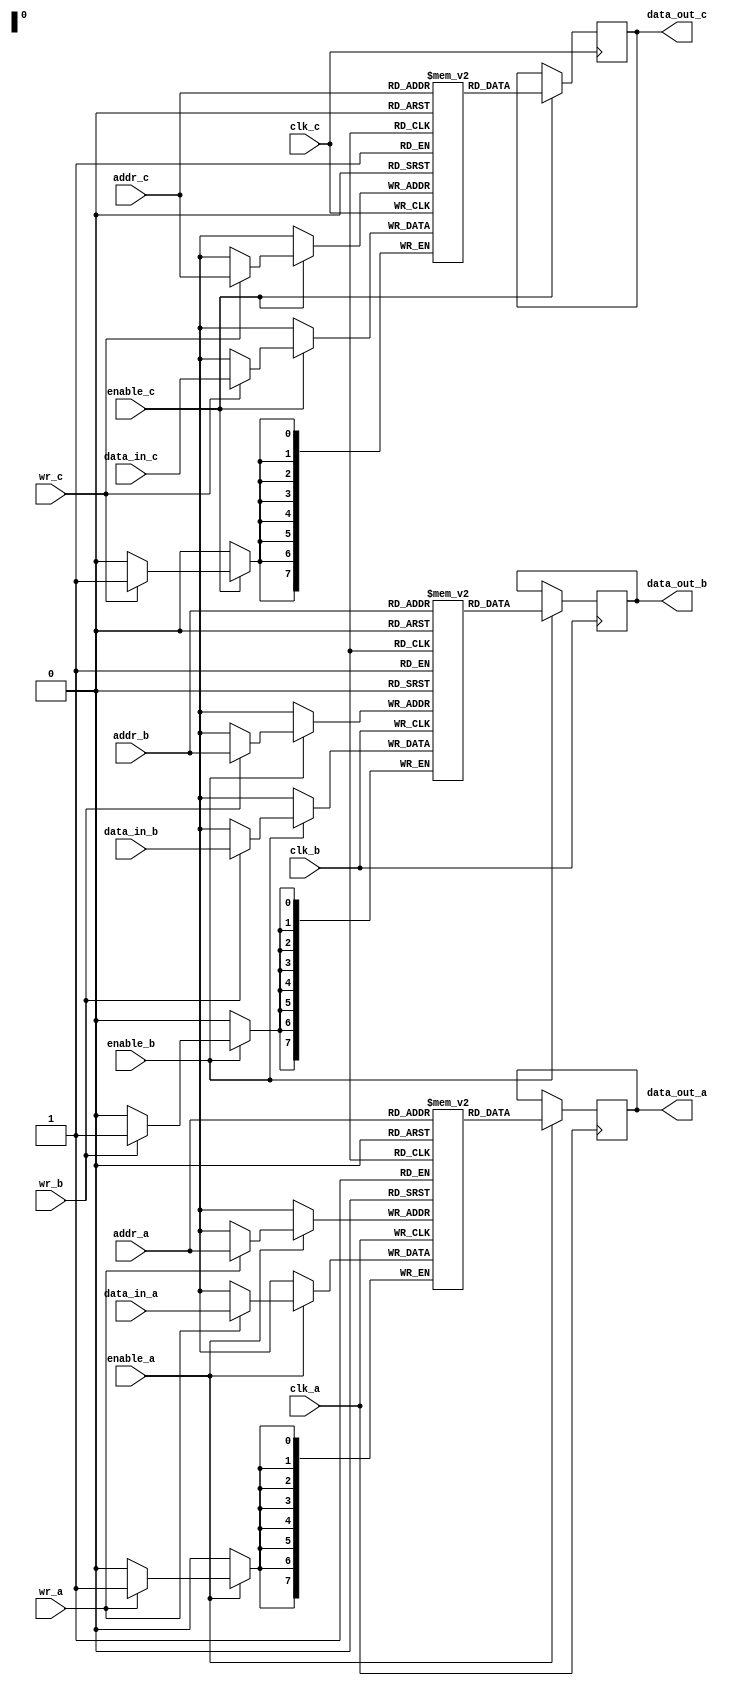
module memory_block_gating #(
    parameter MEMORY_SIZE = 256,  // Size of the memory block
    parameter ADDR_WIDTH = 8       // Address width
)(
    input  wire        clk_a,          // Clock for Memory A
    input  wire        clk_b,          // Clock for Memory B
    input  wire        clk_c,          // Clock for Memory C
    input  wire        enable_a,       // Enable signal for Memory A
    input  wire        enable_b,       // Enable signal for Memory B
    input  wire        enable_c,       // Enable signal for Memory C
    input  wire        wr_a,           // Write enable for Memory A
    input  wire        wr_b,           // Write enable for Memory B
    input  wire        wr_c,           // Write enable for Memory C
    input  wire [ADDR_WIDTH-1:0] addr_a, // Address for Memory A
    input  wire [ADDR_WIDTH-1:0] addr_b, // Address for Memory B
    input  wire [ADDR_WIDTH-1:0] addr_c, // Address for Memory C
    input  wire [7:0]  data_in_a,     // Data input for Memory A
    input  wire [7:0]  data_in_b,     // Data input for Memory B
    input  wire [7:0]  data_in_c,     // Data input for Memory C
    output wire [7:0]  data_out_a,     // Data output for Memory A
    output wire [7:0]  data_out_b,     // Data output for Memory B
    output wire [7:0]  data_out_c      // Data output for Memory C
);

    // Memory arrays
    reg [7:0] mem_a [0:MEMORY_SIZE-1];
    reg [7:0] mem_b [0:MEMORY_SIZE-1];
    reg [7:0] mem_c [0:MEMORY_SIZE-1];

    // Output registers
    reg [7:0] data_out_a_reg;
    reg [7:0] data_out_b_reg;
    reg [7:0] data_out_c_reg;

    // Gating logic for Memory A
    always @(posedge clk_a) begin
        if (enable_a) begin
            if (wr_a) begin
                mem_a[addr_a] <= data_in_a; // Write operation
            end
            data_out_a_reg <= mem_a[addr_a]; // Read operation
        end
    end

    // Gating logic for Memory B
    always @(posedge clk_b) begin
        if (enable_b) begin
            if (wr_b) begin
                mem_b[addr_b] <= data_in_b; // Write operation
            end
            data_out_b_reg <= mem_b[addr_b]; // Read operation
        end
    end

    // Gating logic for Memory C
    always @(posedge clk_c) begin
        if (enable_c) begin
            if (wr_c) begin
                mem_c[addr_c] <= data_in_c; // Write operation
            end
            data_out_c_reg <= mem_c[addr_c]; // Read operation
        end
    end

    // Assign output data
    assign data_out_a = data_out_a_reg;
    assign data_out_b = data_out_b_reg;
    assign data_out_c = data_out_c_reg;

endmodule